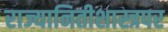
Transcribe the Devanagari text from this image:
राज्यानितीशास्त्रपर